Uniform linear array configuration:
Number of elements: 16
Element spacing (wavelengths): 0.75
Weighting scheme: kaiser
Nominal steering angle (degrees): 45
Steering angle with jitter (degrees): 43.539
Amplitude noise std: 0.05
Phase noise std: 0.05

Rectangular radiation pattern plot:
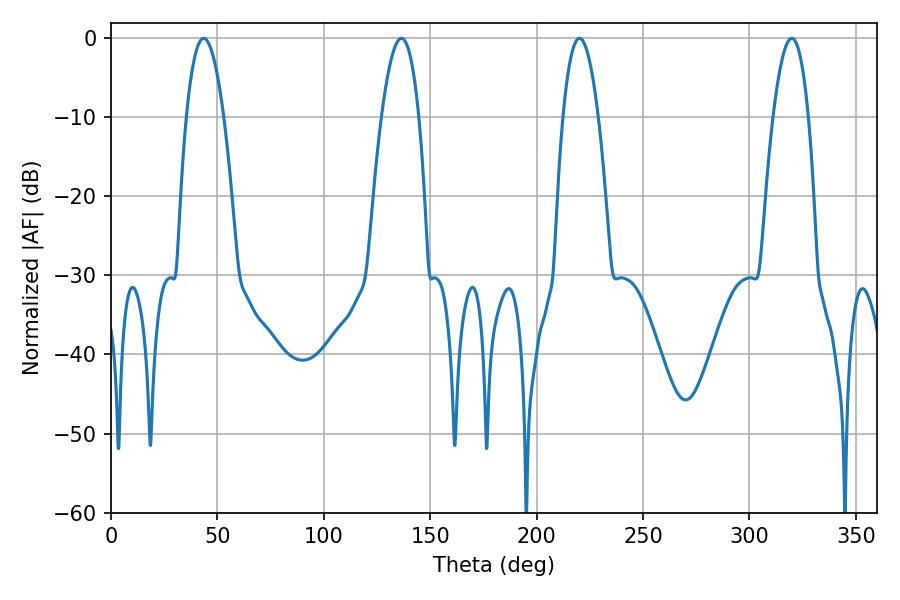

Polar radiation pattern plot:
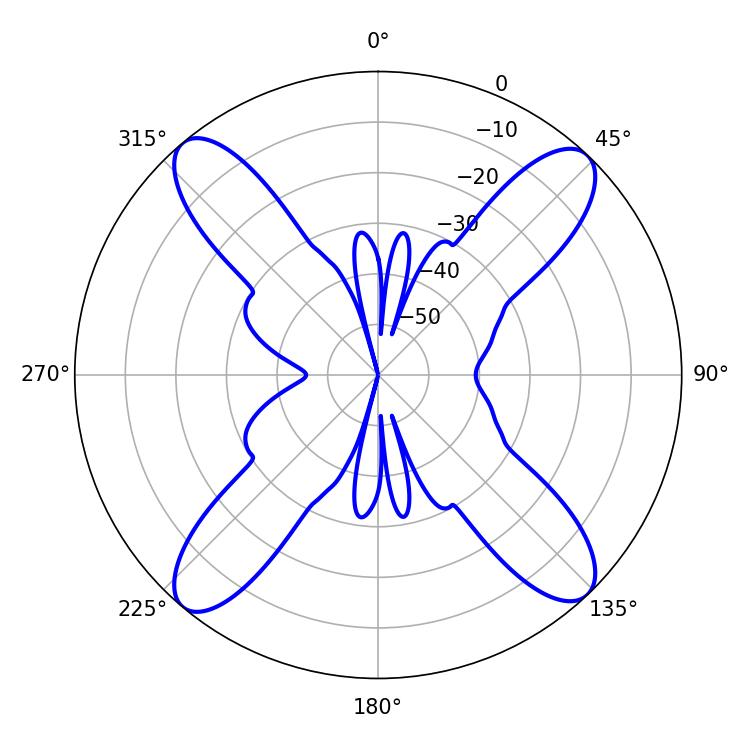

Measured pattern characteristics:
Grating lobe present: TRUE
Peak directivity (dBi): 18.419
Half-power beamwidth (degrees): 9.18
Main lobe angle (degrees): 220.14